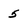
Character: 5